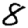
Digit: 8